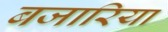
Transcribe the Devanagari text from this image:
बजारिया